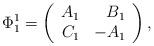
LaTeX: \begin{align*}\Phi_1^1=\left(\begin{array}{rr}A_1 & B_1 \\C_1 & -A_1 \end{array}\right), \end{align*}